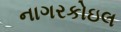
નાગરકોઇલ